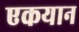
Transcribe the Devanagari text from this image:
एकयान